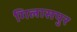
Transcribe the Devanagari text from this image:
गिलासपुर